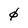
Character: 0